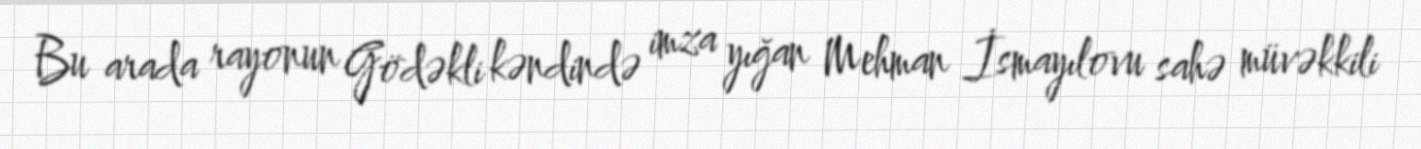
Bu arada rayonun Gödəkli kəndində imza yığan Mehman İsmayılovu sahə müvəkkili